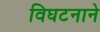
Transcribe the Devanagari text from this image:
विघटनाने